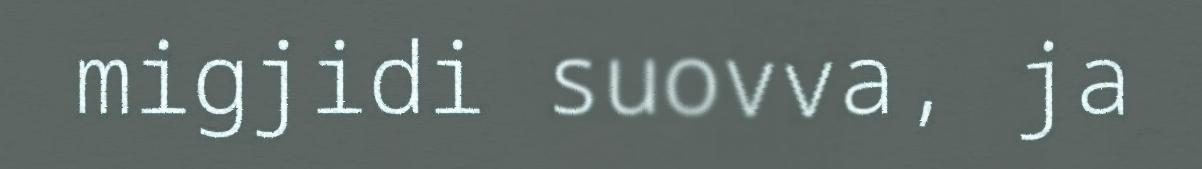
migjidi suovva, ja